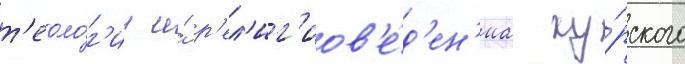
т'еоло́г'ии и́ р'ел'иг'иов'е́д'ен'иа ку́рского